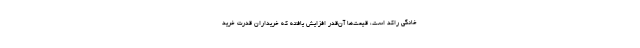
خانگی راکد است، قیمت‌ها آن‌قدر افزایش یافته که خریداران قدرت خرید